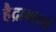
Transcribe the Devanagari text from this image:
हैद्राबादचे